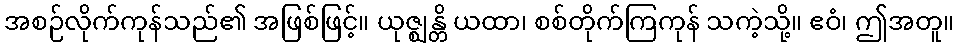
အစဉ်လိုက်ကုန်သည်၏ အဖြစ်ဖြင့်။ ယုဇ္ဈန္တိ ယထာ၊ စစ်တိုက်ကြကုန် သကဲ့သို့။ ဧဝံ၊ ဤအတူ။